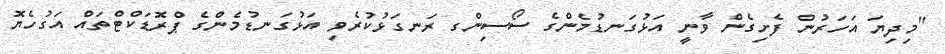
"މިދިޔަ އަހަރުން ފެށިގެން ވާނީ އަޅުގަނޑުމެންގެ ސޯސިންގ ރަނގަޅުކުރެވި އަޅުގަނޑުމެންގެ ޕްރޮޑަކްޓްތައް އަގުހެޔޮ